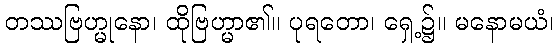
တဿဗြဟ္မုနော၊ ထိုဗြဟ္မာ၏။ ပုရတော၊ ရှေ့၌။ မနောမယံ၊